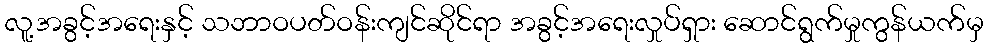
လူ့အခွင့်အရေးနှင့် သဘာဝပတ်ဝန်းကျင်ဆိုင်ရာ အခွင့်အရေးလှုပ်ရှား ဆောင်ရွက်မှုကွန်ယက်မှ